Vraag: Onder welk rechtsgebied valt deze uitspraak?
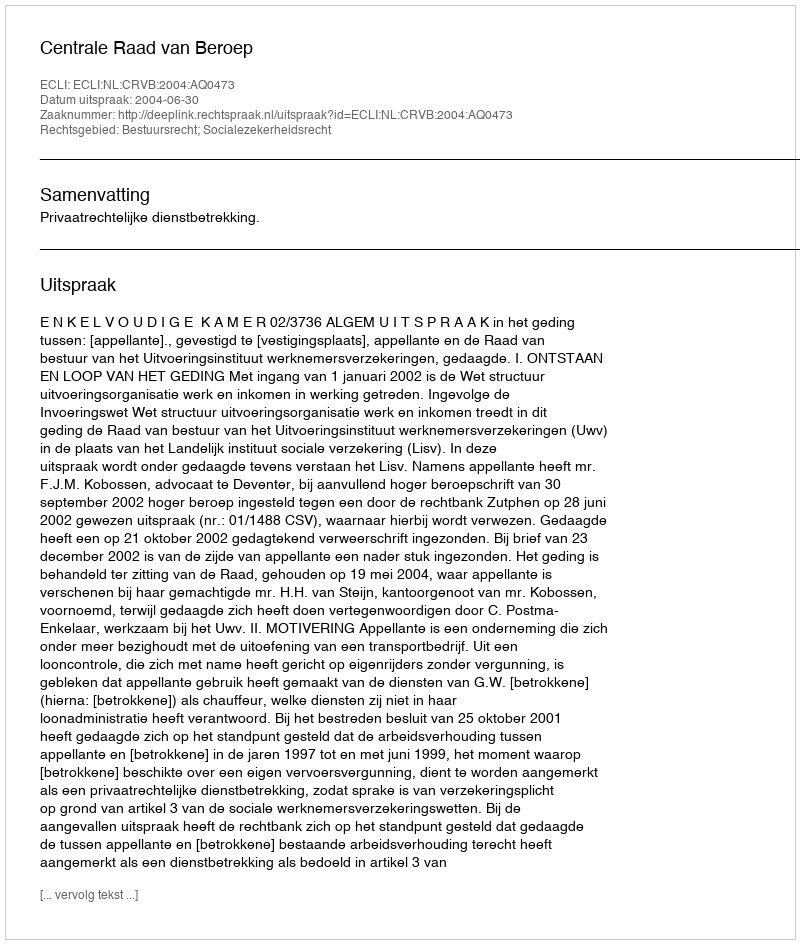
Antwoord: Bestuursrecht; Socialezekerheidsrecht